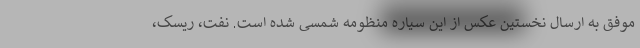
موفق به ارسال نخستین عکس از این سیاره منظومه شمسی شده است. نفت، ریسک،